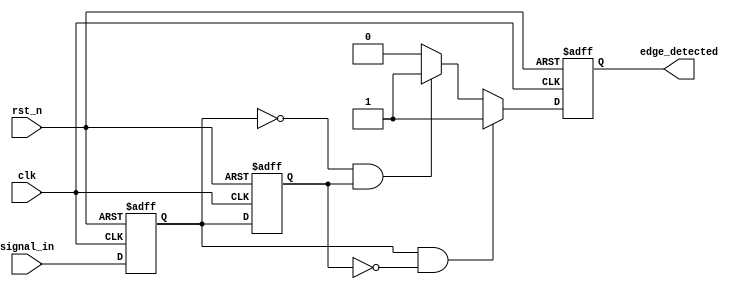
module glitch_free_edge_detector (
    input wire clk,          // Clock input
    input wire rst_n,       // Active low reset
    input wire signal_in,    // Input signal to detect edges
    output reg edge_detected // Output signal indicating edge detection
);

    // Memory blocks to store current and previous states
    reg signal_prev; // Previous state of the input signal
    reg signal_curr; // Current state of the input signal

    // Edge detection logic
    always @(posedge clk or negedge rst_n) begin
        if (!rst_n) begin
            // Initialize memory blocks on reset
            signal_prev <= 1'b0;
            signal_curr <= 1'b0;
            edge_detected <= 1'b0;
        end else begin
            // Sample the input signal
            signal_curr <= signal_in; // Capture current input signal
            
            // Edge detection logic
            if (signal_curr && !signal_prev) begin
                // Rising edge detected
                edge_detected <= 1'b1; // Assert edge detected
            end else if (!signal_curr && signal_prev) begin
                // Falling edge detected
                edge_detected <= 1'b1; // Assert edge detected
            end else begin
                edge_detected <= 1'b0; // No edge detected
            end
            
            // Update previous state for the next clock cycle
            signal_prev <= signal_curr;
        end
    end

endmodule